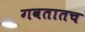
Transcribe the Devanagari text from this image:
गवतातच